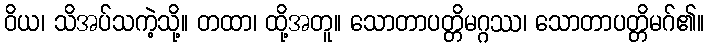
ဝိယ၊ သိအပ်သကဲ့သို့။ တထာ၊ ထို့အတူ။ သောတာပတ္တိမဂ္ဂဿ၊ သောတာပတ္တိမဂ်၏။